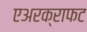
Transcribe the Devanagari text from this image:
एअरक्राफट